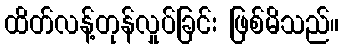
ထိတ်လန့်တုန်လှုပ်ခြင်း ဖြစ်မိသည်။